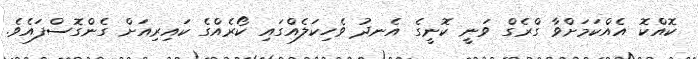
ކޮއްކޮ އެއްކަމަށްވާ ގްރެގް ވަނީ ކޮނީގެ އެނދު ވެހިކަލެއްގައި ކޯރެއްގެ ކައިރިއަށް ގެންގޮސްފައެވެ.